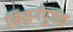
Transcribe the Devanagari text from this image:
निसर्गपुजक